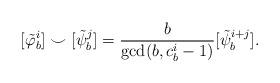
LaTeX: \begin{align*}[\tilde{\varphi}_b^i]\smile [\tilde{\psi}_b^j] = \frac{b}{\gcd(b,c_b^i-1)}[\tilde{\psi}_b^{i+j}].\end{align*}